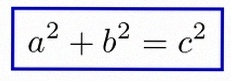
a^2+b^2=c^2